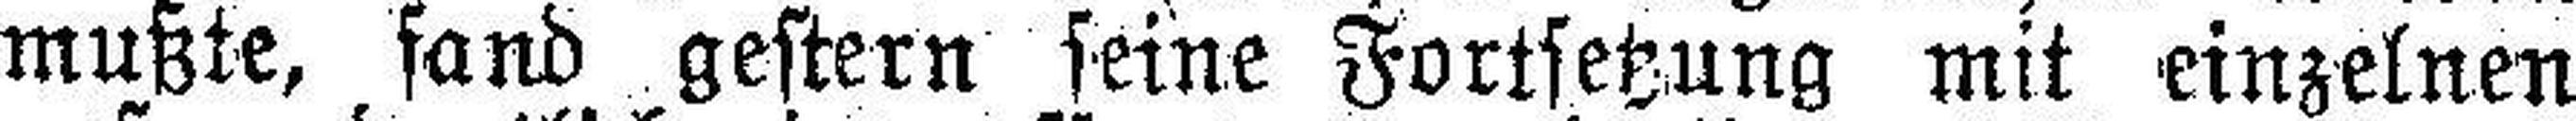
mußte, fand gestern seine Fortsetzung mit einzelnen